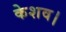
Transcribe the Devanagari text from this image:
केशव।